38_143685_box_Incident_Summaries_101-172
Agency: Department of War
Page 13
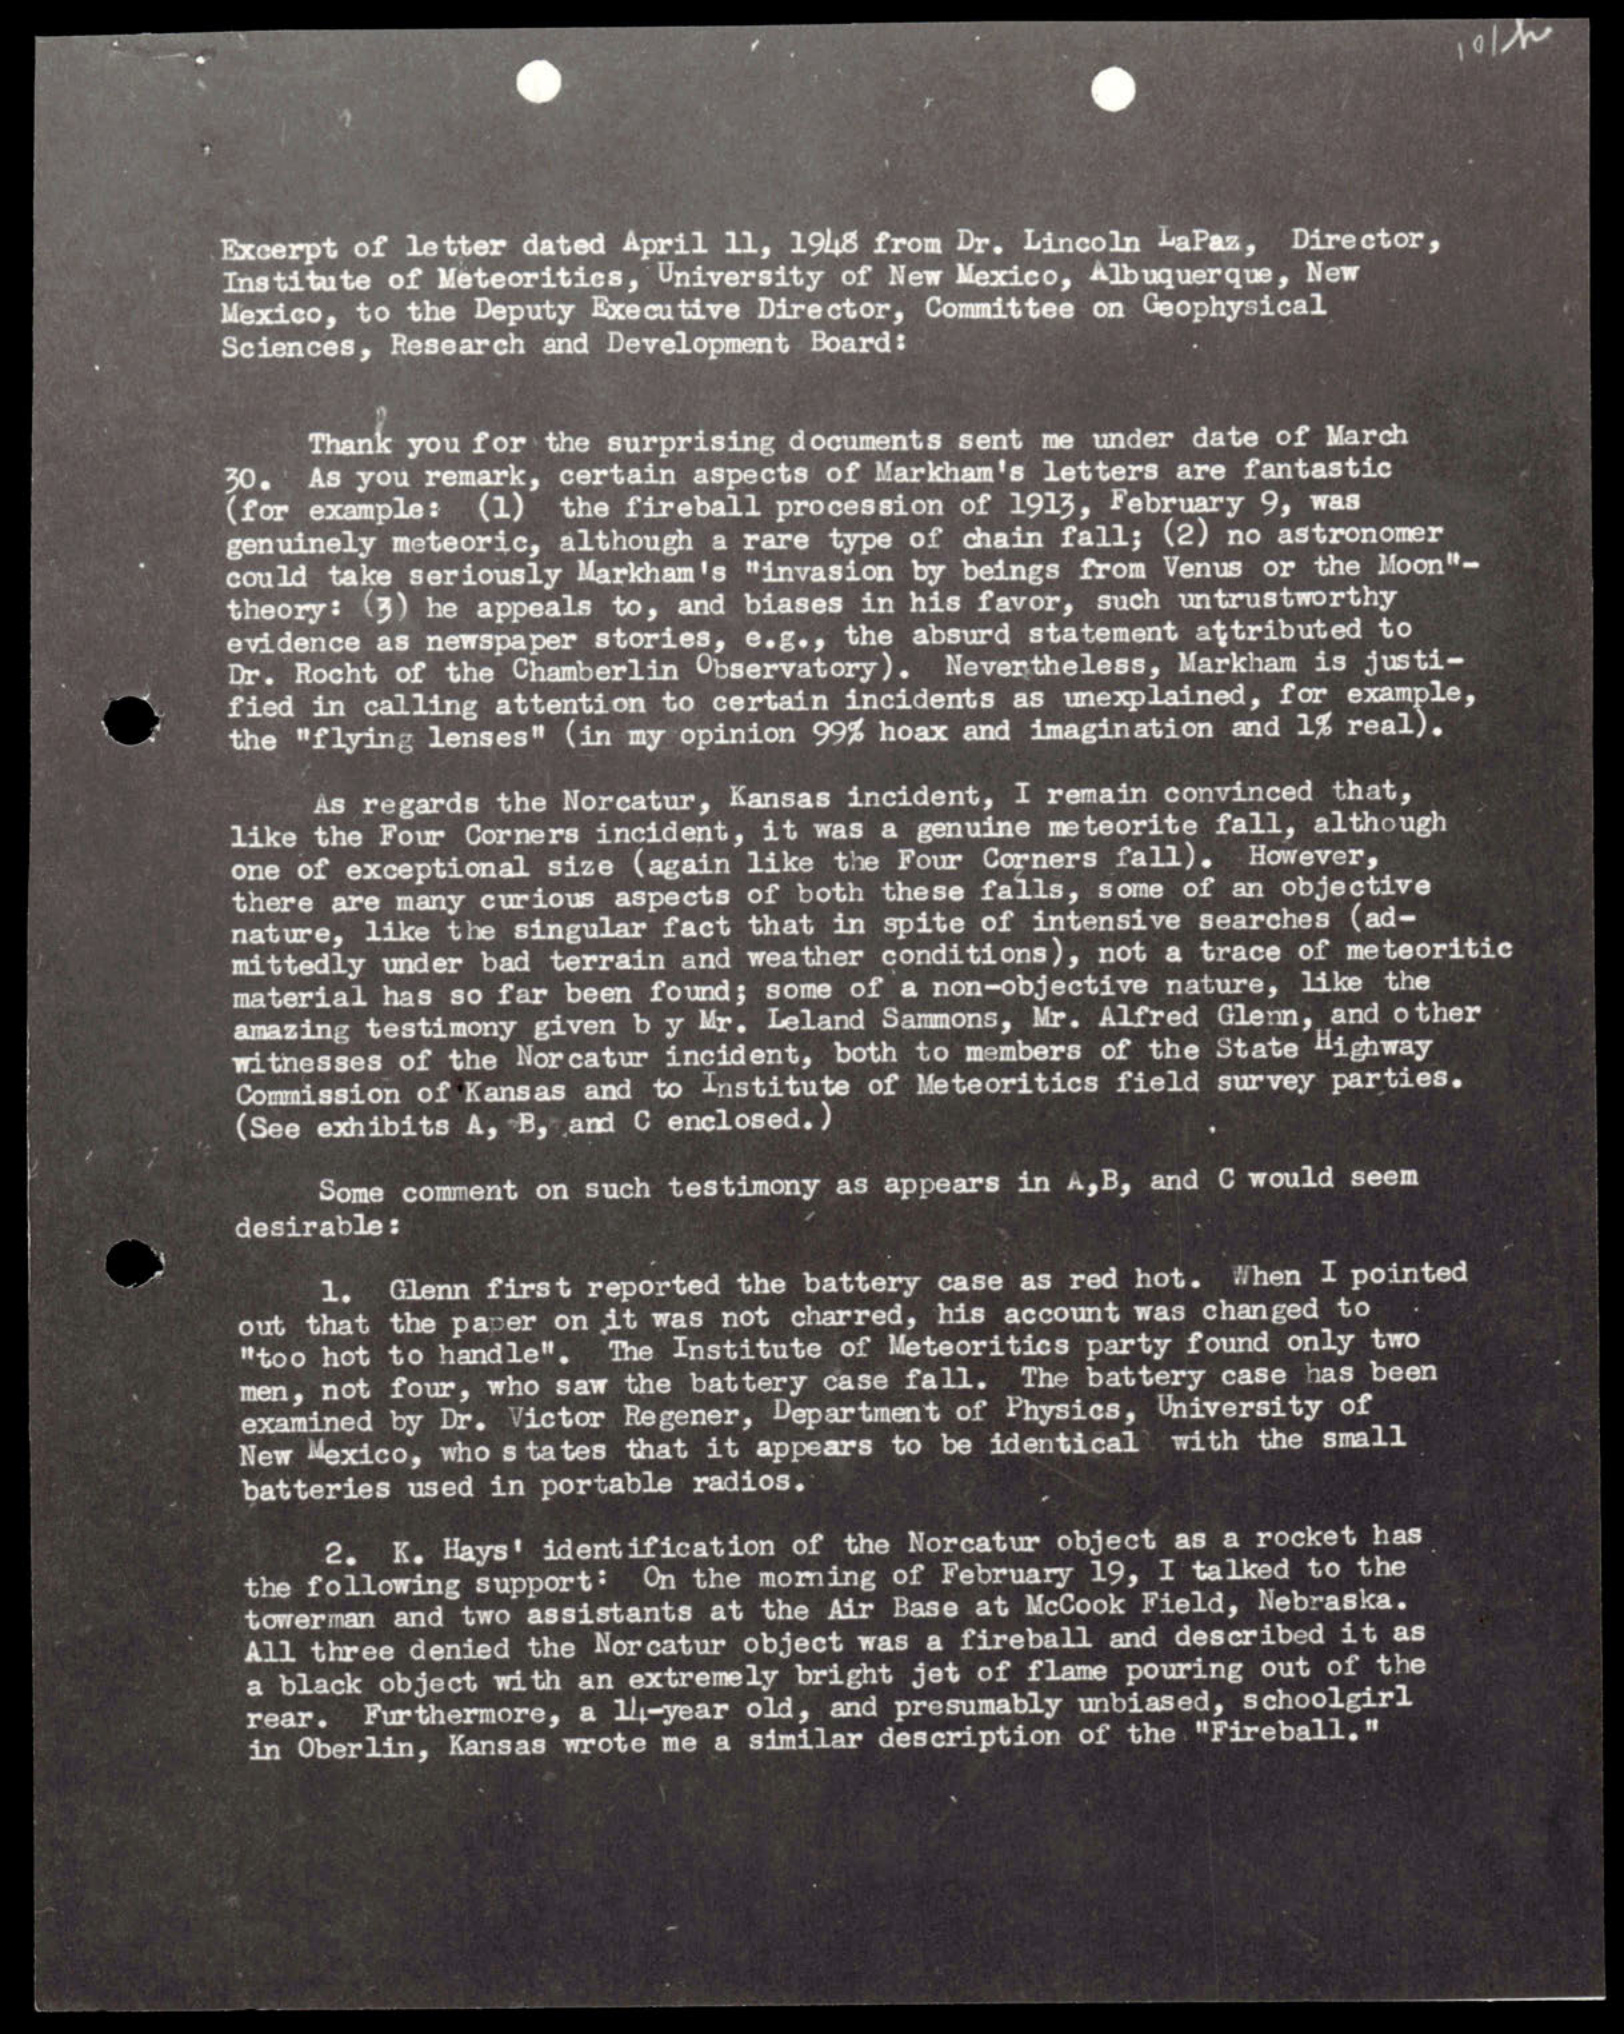